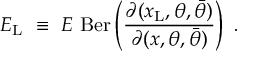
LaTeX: E _ { \mathrm { L } } \ \equiv \ E \ \mathrm { B e r } \left( { \frac { \partial ( x _ { \mathrm { L } } , \theta , \bar { \theta } ) } { \partial ( x , \theta , \bar { \theta } ) } } \right) \ .